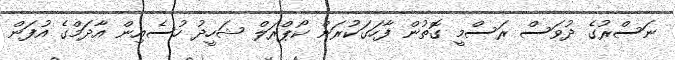
ނަސްރުގެ ދުވަސް ރަސްމީ ގޮތުން ފާހަގަކުރަން ކޯޕްރަލް ޝަހީދު ހުސެއިން އާދަމްގެ އުފަން